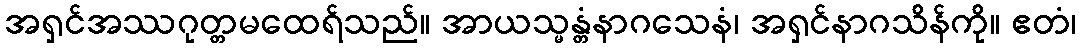
အရှင်အဿဂုတ္တမထေရ်သည်။ အာယသ္မန္တံနာဂသေနံ၊ အရှင်နာဂသိန်ကို။ ဧတံ၊